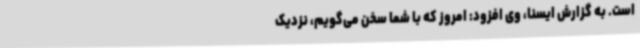
است. به گزارش ایسنا، وی افزود: امروز که با شما سخن می‌گویم، نزدیک